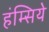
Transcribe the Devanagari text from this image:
हंम्सिये